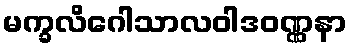
မက္ခလိဂေါသာလဝါဒဝဏ္ဏနာ